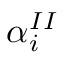
\alpha _ { i } ^ { I I }